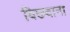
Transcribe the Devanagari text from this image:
बिछवाना